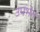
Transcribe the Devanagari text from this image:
उपभेग